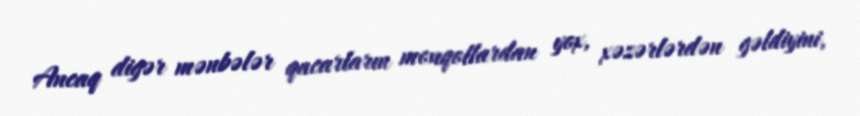
Ancaq digər mənbələr qacarların monqollardan yox, xəzərlərdən gəldiyini,